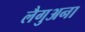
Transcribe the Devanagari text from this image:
लैगुअना